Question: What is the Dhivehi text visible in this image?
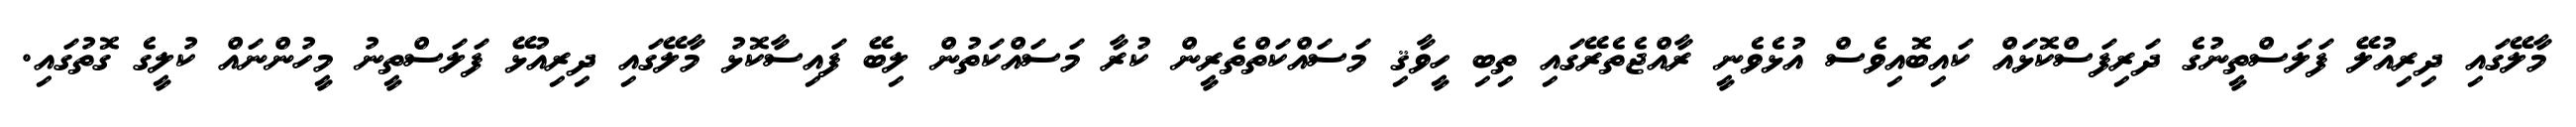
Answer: މާލޭގައި ދިރިއުލޭ ފަލަސްތީނުގެ ދަރިފަސްކޮޅައް ކައިބޮއިވެސް އުޅެވެނީ ރާއްޖެތެރޭގައި ތިބި ހީވާޤި މަސައްކަތްތެރީން ކުރާ މަސައްކަތުން ލިބޭ ފައިސާކޮޅު މާލޭގައި ދިރިއުޅޭ ފަލަސްތީނު މީހުންނައް ކުލީގެ ގޮތުގައި.